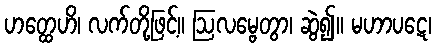
ဟတ္ထေဟိ၊ လက်တို့ဖြင့်။ ဩလမ္ဗေတွာ၊ ဆွဲ၍။ မဟာပဋေ၊